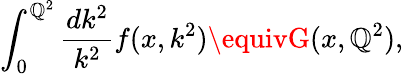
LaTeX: \int_{0}^{\mathbb{Q}^{2}}\frac{{dk^{2}}}{{k^{2}}}f(x,k^{2})\equivG(x,\mathbb{Q}^{2}),